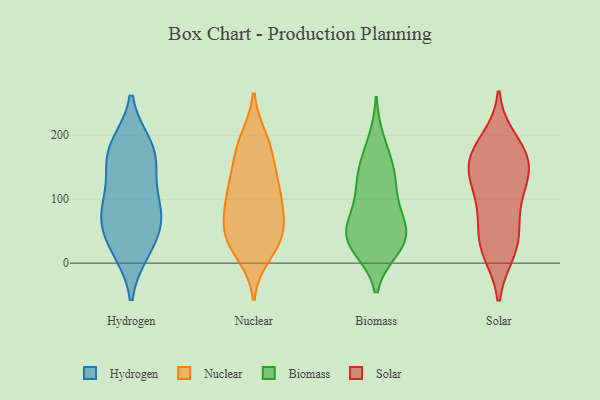
{"axis": {"x": "Net Income (USD K)", "y": "Value"}, "legend": ["Biomass", "Hydrogen", "Nuclear", "Solar"], "data": [{"x": "", "y": 81, "type": "Hydrogen"}, {"x": "", "y": 81, "type": "Hydrogen"}, {"x": "", "y": 171, "type": "Hydrogen"}, {"x": "", "y": 81, "type": "Hydrogen"}, {"x": "", "y": 43, "type": "Hydrogen"}, {"x": "", "y": 23, "type": "Hydrogen"}, {"x": "", "y": 182, "type": "Hydrogen"}, {"x": "", "y": 20, "type": "Hydrogen"}, {"x": "", "y": 78, "type": "Hydrogen"}, {"x": "", "y": 155, "type": "Hydrogen"}, {"x": "", "y": 134, "type": "Hydrogen"}, {"x": "", "y": 184, "type": "Hydrogen"}, {"x": "", "y": 185, "type": "Nuclear"}, {"x": "", "y": 50, "type": "Nuclear"}, {"x": "", "y": 107, "type": "Nuclear"}, {"x": "", "y": 179, "type": "Nuclear"}, {"x": "", "y": 95, "type": "Nuclear"}, {"x": "", "y": 194, "type": "Nuclear"}, {"x": "", "y": 29, "type": "Nuclear"}, {"x": "", "y": 143, "type": "Nuclear"}, {"x": "", "y": 104, "type": "Nuclear"}, {"x": "", "y": 31, "type": "Nuclear"}, {"x": "", "y": 67, "type": "Nuclear"}, {"x": "", "y": 107, "type": "Nuclear"}, {"x": "", "y": 142, "type": "Nuclear"}, {"x": "", "y": 52, "type": "Nuclear"}, {"x": "", "y": 14, "type": "Nuclear"}, {"x": "", "y": 49, "type": "Nuclear"}, {"x": "", "y": 125, "type": "Biomass"}, {"x": "", "y": 49, "type": "Biomass"}, {"x": "", "y": 61, "type": "Biomass"}, {"x": "", "y": 71, "type": "Biomass"}, {"x": "", "y": 97, "type": "Biomass"}, {"x": "", "y": 23, "type": "Biomass"}, {"x": "", "y": 151, "type": "Biomass"}, {"x": "", "y": 32, "type": "Biomass"}, {"x": "", "y": 191, "type": "Biomass"}, {"x": "", "y": 42, "type": "Biomass"}, {"x": "", "y": 44, "type": "Biomass"}, {"x": "", "y": 23, "type": "Biomass"}, {"x": "", "y": 121, "type": "Biomass"}, {"x": "", "y": 153, "type": "Biomass"}, {"x": "", "y": 128, "type": "Solar"}, {"x": "", "y": 114, "type": "Solar"}, {"x": "", "y": 18, "type": "Solar"}, {"x": "", "y": 172, "type": "Solar"}, {"x": "", "y": 61, "type": "Solar"}, {"x": "", "y": 173, "type": "Solar"}, {"x": "", "y": 151, "type": "Solar"}, {"x": "", "y": 63, "type": "Solar"}, {"x": "", "y": 27, "type": "Solar"}, {"x": "", "y": 107, "type": "Solar"}, {"x": "", "y": 161, "type": "Solar"}, {"x": "", "y": 192, "type": "Solar"}, {"x": "", "y": 22, "type": "Solar"}, {"x": "", "y": 150, "type": "Solar"}]}